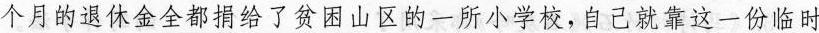
个月的退休金全都捐给了贫困山区的-所小学校，自己就靠这一份临时